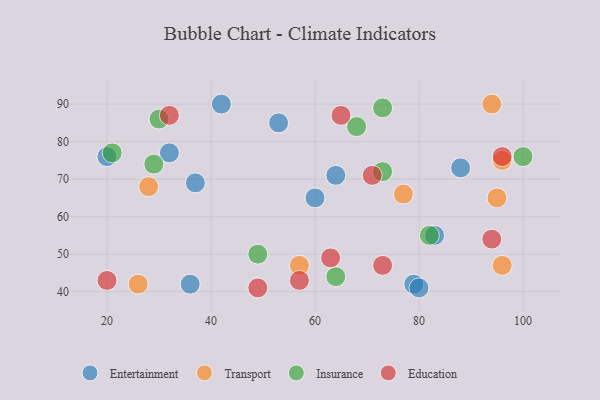
{"axis": {"x": "GDP", "y": "Life Expectancy"}, "legend": ["Education", "Entertainment", "Insurance", "Transport"], "data": [{"x": "20", "y": 76, "type": "Entertainment"}, {"x": "37", "y": 69, "type": "Entertainment"}, {"x": "42", "y": 90, "type": "Entertainment"}, {"x": "88", "y": 73, "type": "Entertainment"}, {"x": "79", "y": 42, "type": "Entertainment"}, {"x": "36", "y": 42, "type": "Entertainment"}, {"x": "64", "y": 71, "type": "Entertainment"}, {"x": "53", "y": 85, "type": "Entertainment"}, {"x": "80", "y": 41, "type": "Entertainment"}, {"x": "32", "y": 77, "type": "Entertainment"}, {"x": "60", "y": 65, "type": "Entertainment"}, {"x": "83", "y": 55, "type": "Entertainment"}, {"x": "57", "y": 47, "type": "Transport"}, {"x": "77", "y": 66, "type": "Transport"}, {"x": "94", "y": 90, "type": "Transport"}, {"x": "26", "y": 42, "type": "Transport"}, {"x": "95", "y": 65, "type": "Transport"}, {"x": "96", "y": 75, "type": "Transport"}, {"x": "96", "y": 47, "type": "Transport"}, {"x": "28", "y": 68, "type": "Transport"}, {"x": "21", "y": 77, "type": "Insurance"}, {"x": "82", "y": 55, "type": "Insurance"}, {"x": "30", "y": 86, "type": "Insurance"}, {"x": "73", "y": 89, "type": "Insurance"}, {"x": "73", "y": 72, "type": "Insurance"}, {"x": "68", "y": 84, "type": "Insurance"}, {"x": "49", "y": 50, "type": "Insurance"}, {"x": "100", "y": 76, "type": "Insurance"}, {"x": "29", "y": 74, "type": "Insurance"}, {"x": "64", "y": 44, "type": "Insurance"}, {"x": "63", "y": 49, "type": "Education"}, {"x": "32", "y": 87, "type": "Education"}, {"x": "49", "y": 41, "type": "Education"}, {"x": "94", "y": 54, "type": "Education"}, {"x": "65", "y": 87, "type": "Education"}, {"x": "57", "y": 43, "type": "Education"}, {"x": "71", "y": 71, "type": "Education"}, {"x": "20", "y": 43, "type": "Education"}, {"x": "73", "y": 47, "type": "Education"}, {"x": "96", "y": 76, "type": "Education"}]}